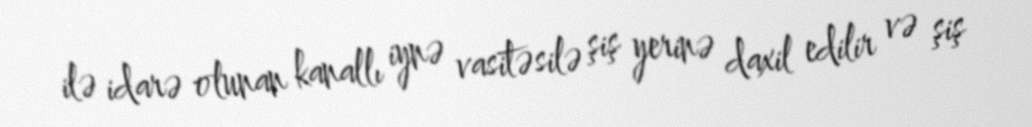
ilə idarə olunan kanallı iynə vasitəsilə şiş yerinə daxil edilir və şiş